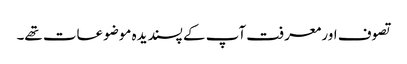
تصوف اور معرفت آپ کے پسندیدہ موضوعات تھے۔